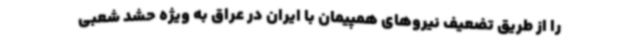
را از طریق تضعیف نیروهای همپیمان با ایران در عراق به ویژه حشد شعبی